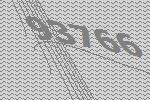
93766